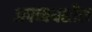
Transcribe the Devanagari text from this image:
अपव्ययशील